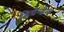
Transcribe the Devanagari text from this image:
डिपेन्डेन्ट